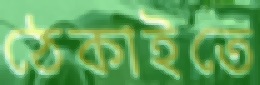
ঠেকাইতে